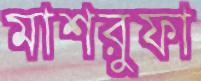
মাশরুফা